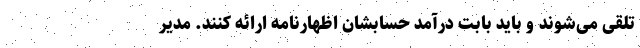
تلقی می‌شوند و باید بابت درآمد حسابشان اظهارنامه ارائه کنند. مدیر